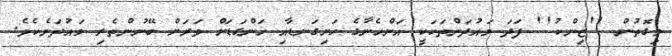
މިގޮތުން ''ޒިންކު'' ފަދަ މައުދަންތަކަކީ އަންހެނާގެ ހަށިގަނޑާއި ހަންގަޑަށް ވަރަށް ބޭނުންތެރި މައުދަނެކެވެ.